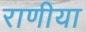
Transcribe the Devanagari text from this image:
राणीया